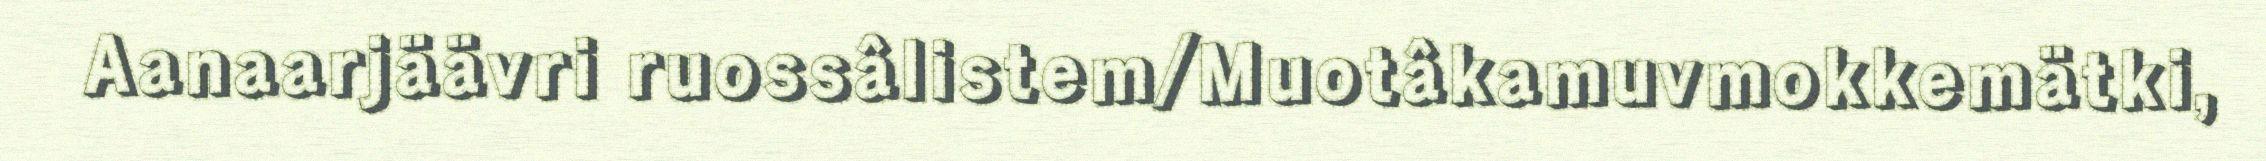
Aanaarjäävri ruossâlistem/Muotâkamuvmokkemätki,